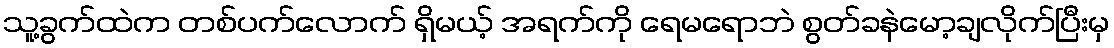
သူ့ခွက်ထဲက တစ်ပက်လောက် ရှိမယ့် အရက်ကို ရေမရောဘဲ စွတ်ခနဲမော့ချလိုက်ပြီးမှ